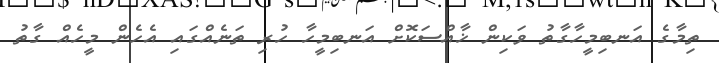
ތިމާގެ އަނބިމީހާގާތު ވަކިން ޚާއްސަކޮށް އަނބިމީހާ ހުރި ތަނެއްގައި އެހެން މީހެއް ގާތު